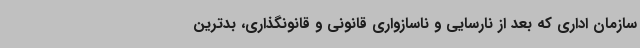
سازمان اداری که بعد از نارسایی و ناسازواری قانونی و قانونگذاری، بدترین